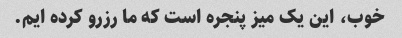
خوب، این یک میز پنجره است که ما رزرو کرده ایم.